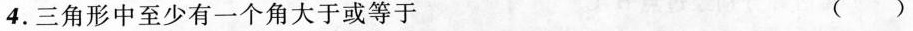
4. 三角形中至少有一个角大于或等于 ()